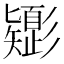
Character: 𢒸